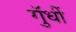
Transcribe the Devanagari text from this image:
गुॅधीं